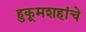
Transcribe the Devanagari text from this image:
हुकूमशहांचे